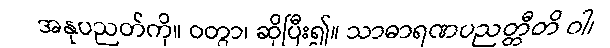
အနုပညတ်ကို။ ဝတွာ၊ ဆိုပြီး၍။ သာဓာရဏပညတ္တီတိ ဝါ၊